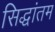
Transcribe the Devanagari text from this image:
सिद्धांतम